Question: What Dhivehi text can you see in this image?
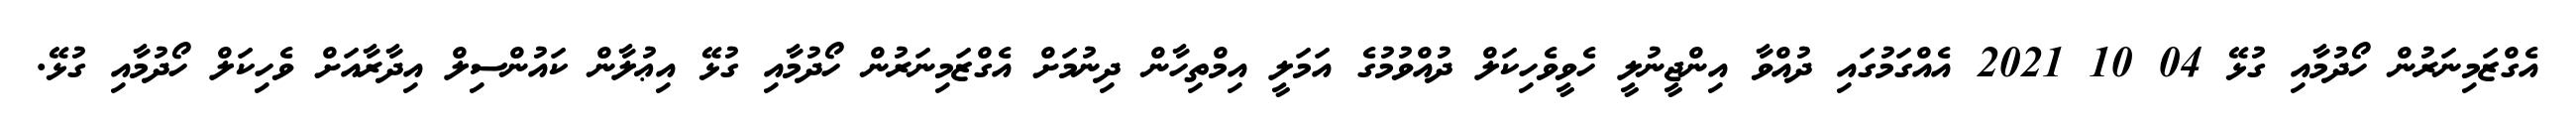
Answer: އެގްޒަމިނަރުން ހޯދުމާއި ގުޅޭ 04 10 2021 އެއްގަމުގައި ދުއްވާ އިންޖީނުލީ ހެވީވެހިކަލް ދުއްވުމުގެ އަމަލީ އިމްތިހާން ދިނުމަށް އެގްޒަމިނަރުން ހޯދުމާއި ގުޅޭ އިޢުލާން ކައުންސިލް އިދާރާއަށް ވެހިކަލް ހޯދުމާއި ގުޅޭ.